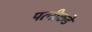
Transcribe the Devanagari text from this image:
पत्‍नीकडे